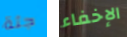
جثة الإخفاء